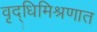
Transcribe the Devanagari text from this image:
वृद्धिमिश्रणात